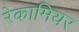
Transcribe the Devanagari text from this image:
रेकामियर